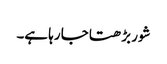
شور بڑھتا جا رہا ہے۔